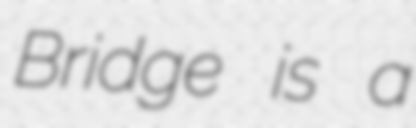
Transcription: Bridge is a